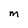
Character: M